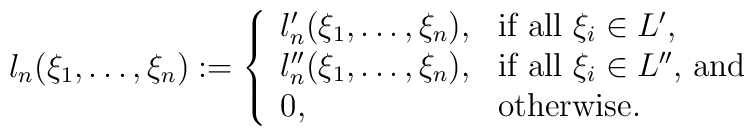
l_n(\xi_1,\ldots,\xi_n):=\left\{\begin{array}{lll}l_n'(\xi_1,\ldots,\xi_n),& \mbox{if all $\xi_i\in L'$,}\\l_n''(\xi_1,\ldots,\xi_n),& \mbox{if all $\xi_i\in L''$, and}\\0,& \mbox{otherwise}.\end{array}\right.